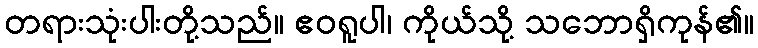
တရားသုံးပါးတို့သည်။ ဧဝရူပါ၊ ကိုယ်သို့ သဘောရှိကုန်၏။